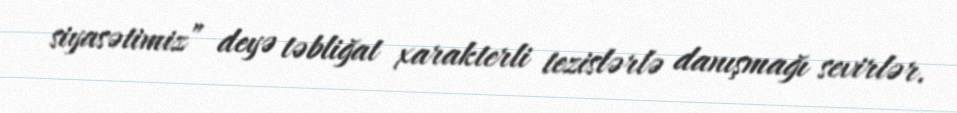
siyasətimiz” deyə təbliğat xarakterli tezislərlə danışmağı sevirlər.